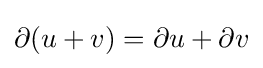
\partial (u+v)=\partial u+\partial v